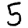
Digit: 5